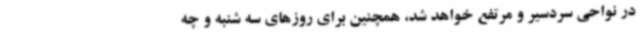
در نواحی سردسیر و مرتفع خواهد شد، همچنین برای روزهای سه شنبه و چه